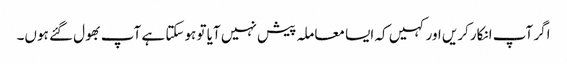
اگر آپ انکارکریں اور کہیں کہ ایسا معاملہ پیش نہیں آیا تو ہوسکتا ہے آپ بھول گئے ہوں۔